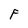
Character: F